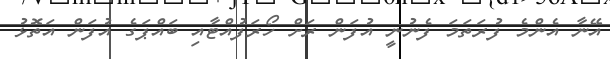
އޭނާ އެންމެ ފުރަތަމަ ފެނުނީ އުފަން ރަށް ހޯރަފުއްޓާއި ބައްޕަގެ އުފަން އަތޮޅު